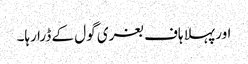
اور پہلا ہاف بغری گول کے ڈرا رہا۔